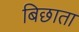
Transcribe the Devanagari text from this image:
बिछाता